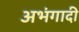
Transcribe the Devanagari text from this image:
अभंगादी